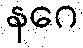
နဂေ